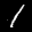
Label: 1